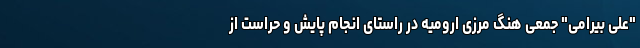
"علی بیرامی" جمعی هنگ مرزی ارومیه در راستای انجام پایش و حراست از